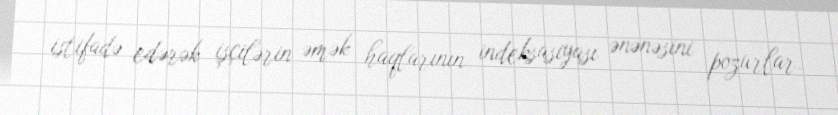
istifadə edərək işçilərin əmək haqlarının indeksasiyası ənənəsini pozurlar.